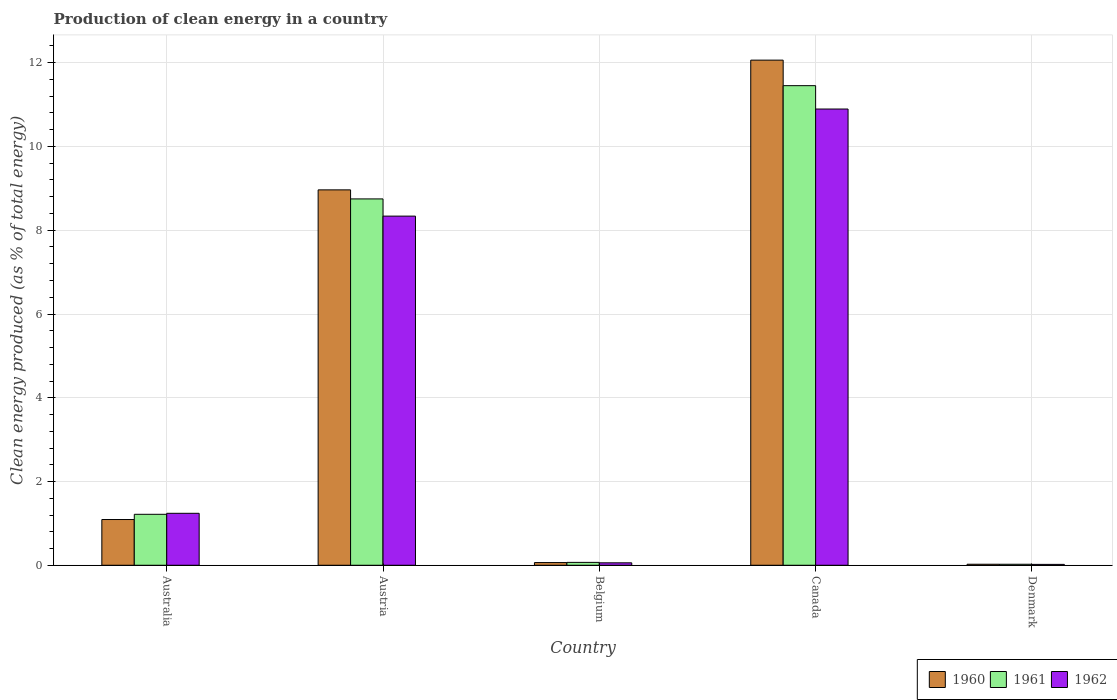
| Country | 1960 | 1961 | 1962 |
 | --- | --- | --- | --- |
 | Australia | 1.09 | 1.22 | 1.24 |
 | Austria | 8.96 | 8.75 | 8.34 |
 | Belgium | 0.0641 | 0.0688 | 0.0581 |
 | Canada | 12.1 | 11.5 | 10.9 |
 | Denmark | 0.0244 | 0.024 | 0.021 |